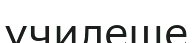
училеще